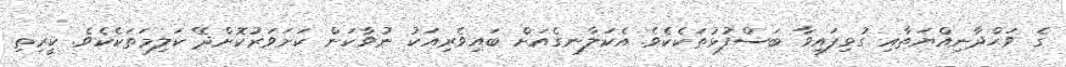
ގެ ވަޙްދާނިއްޔަތާއި ގުޅިފައިވާ ބަސްފުޅުތަކެކެވެ. އެކަލާނގެއަށް ބައިވެރިއަކު ނުވާކަން ކަށަވަރުކޮށްދޭ ކަލިމަތަކެކެވެ. ކީރިތި